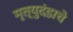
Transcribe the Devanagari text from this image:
मृत्युदंडाचे